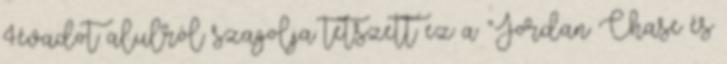
4.évadot alulról szagolja tetszett ez a “Jordan Chase és